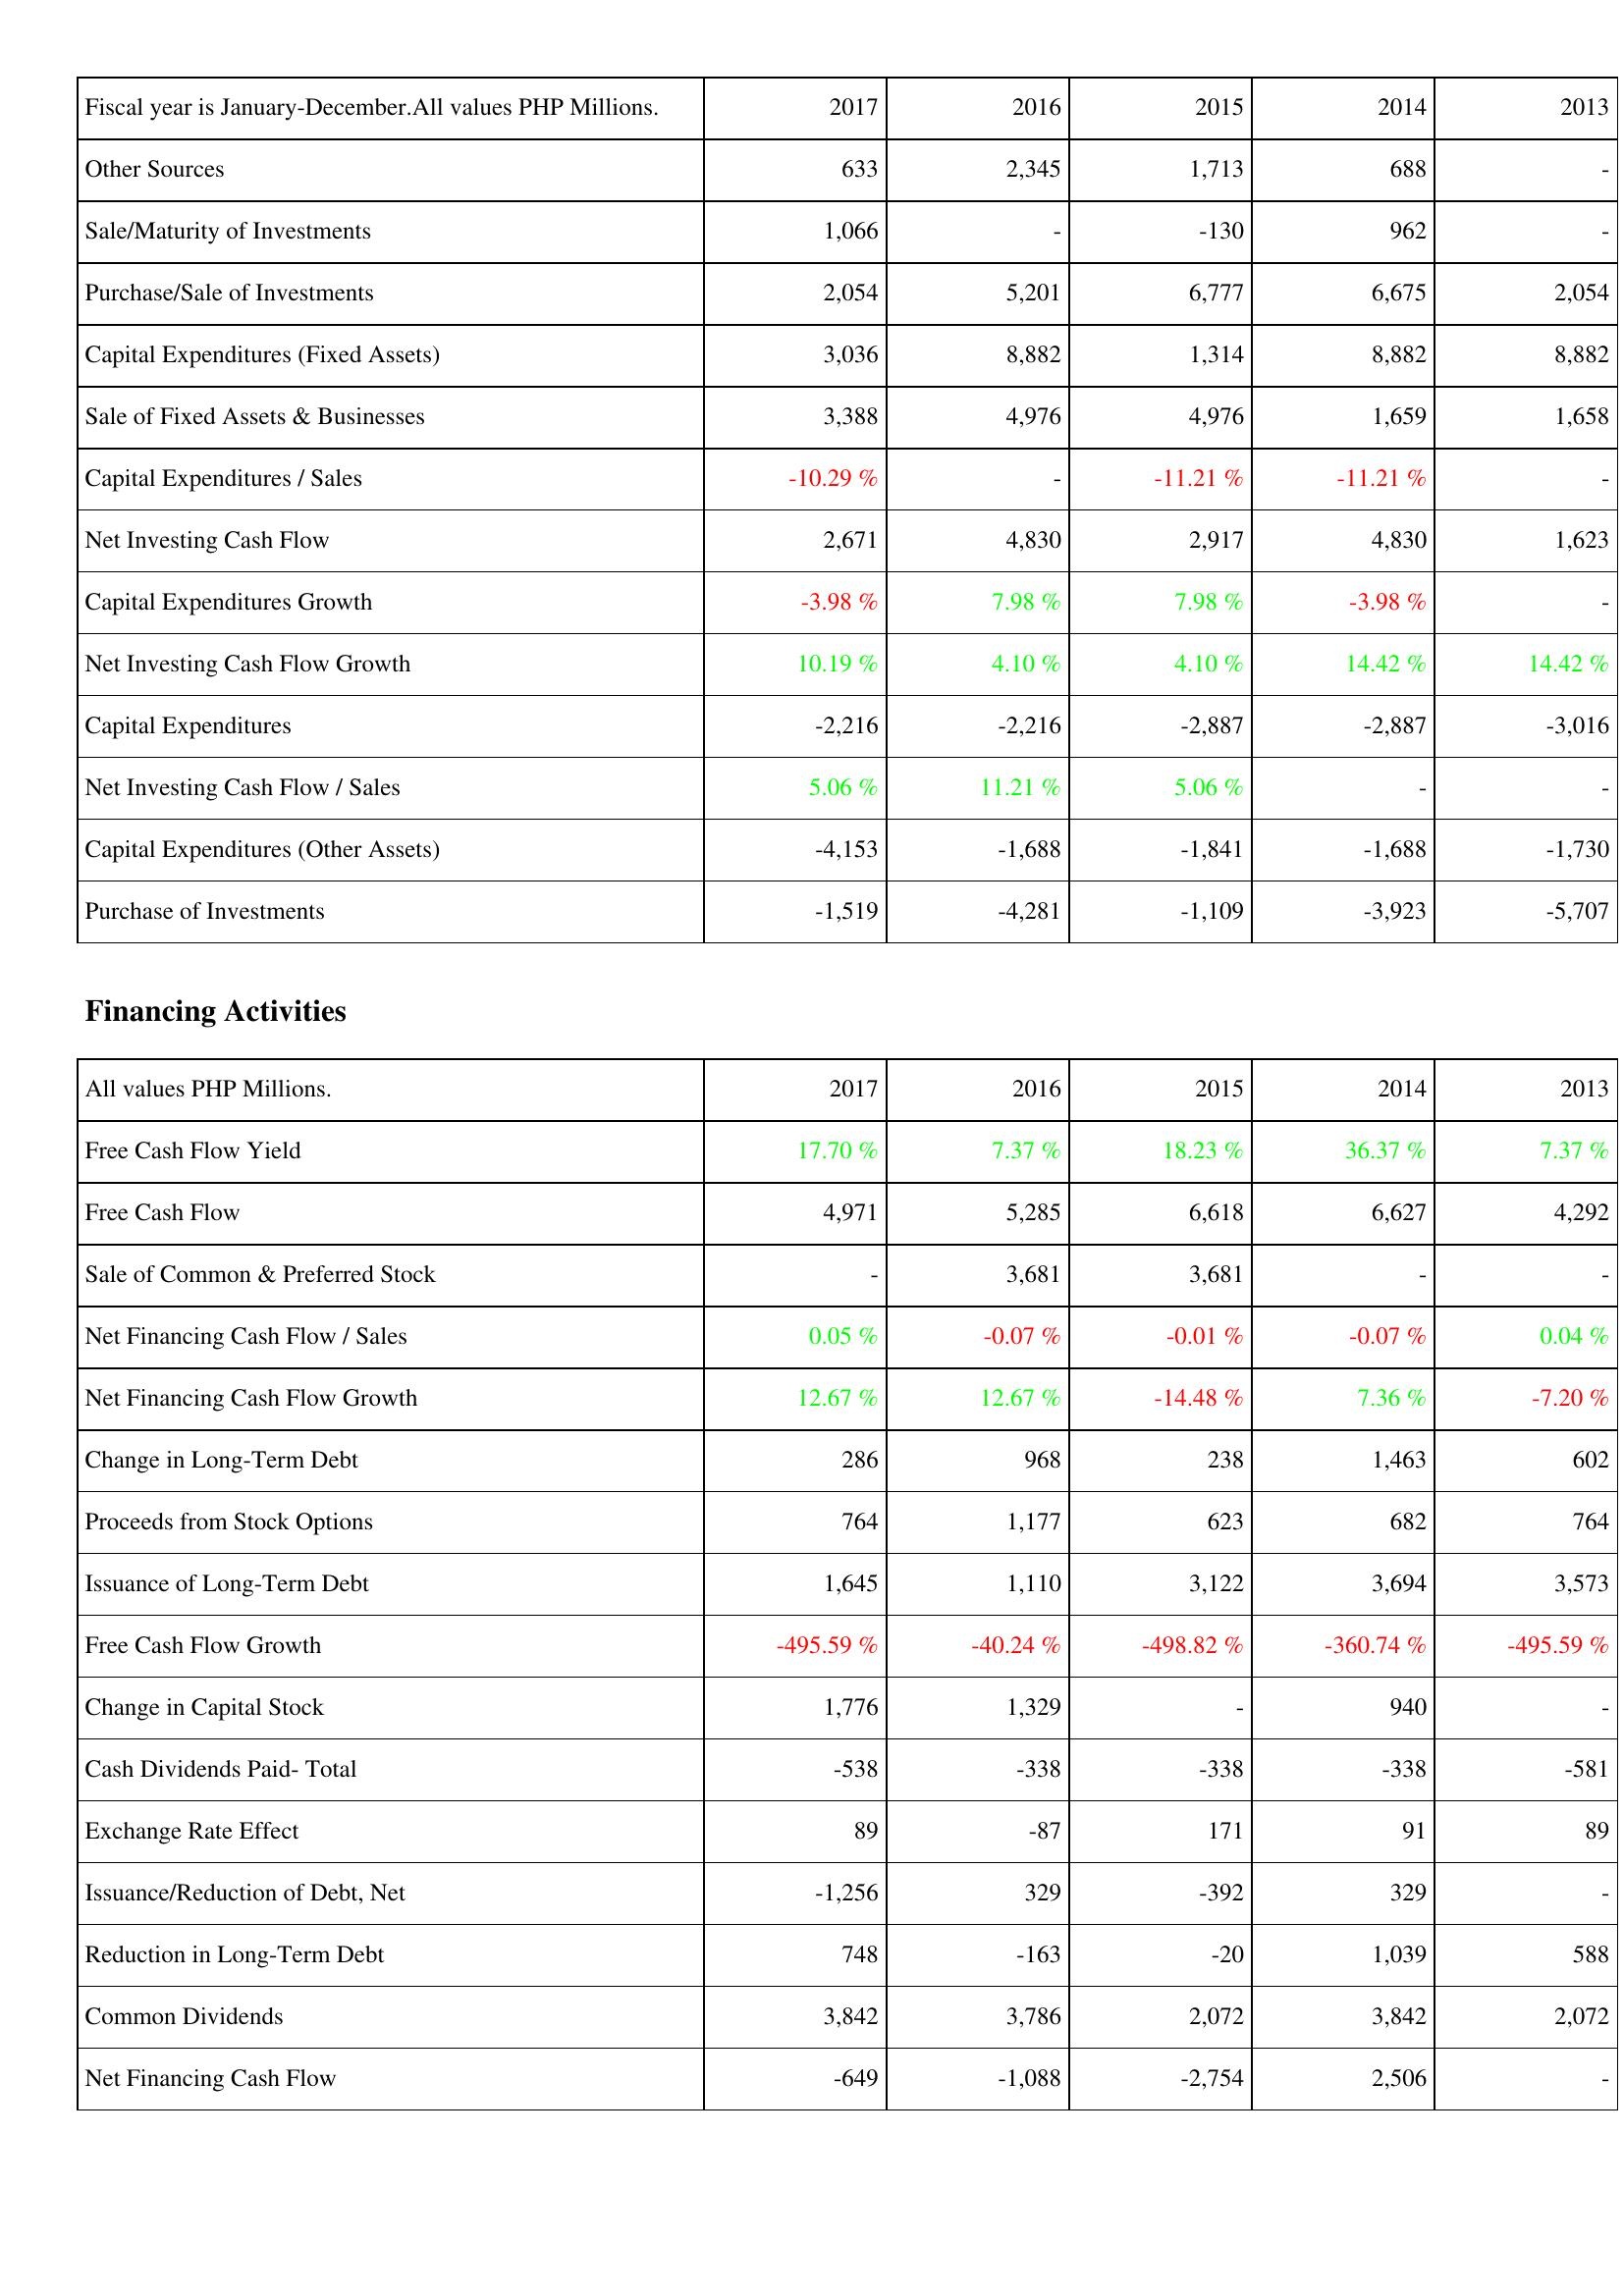
2017: Investing Activities: Other Sources: 633
Sale/Maturity of Investments: 1,066
Purchase/Sale of Investments: 2,054
Capital Expenditures (Fixed Assets): 3,036
Sale of Fixed Assets & Businesses: 3,388
Capital Expenditures / Sales: -10.29 %
Net Investing Cash Flow: 2,671
Capital Expenditures Growth: -3.98 %
Net Investing Cash Flow Growth: 10.19 %
Capital Expenditures: -2,216
Net Investing Cash Flow / Sales: 5.06 %
Capital Expenditures (Other Assets): -4,153
Purchase of Investments: -1,519
Financing Activities: Free Cash Flow Yield: 17.70 %
Free Cash Flow: 4,971
Sale of Common & Preferred Stock: -
Net Financing Cash Flow / Sales: 0.05 %
Net Financing Cash Flow Growth: 12.67 %
Change in Long-Term Debt: 286
Proceeds from Stock Options: 764
Issuance of Long-Term Debt: 1,645
Free Cash Flow Growth: -495.59 %
Change in Capital Stock: 1,776
Cash Dividends Paid- Total: -538
Exchange Rate Effect: 89
Issuance/Reduction of Debt, Net: -1,256
Reduction in Long-Term Debt: 748
Common Dividends: 3,842
Net Financing Cash Flow: -649
2016: Investing Activities: Other Sources: 2,345
Sale/Maturity of Investments: -
Purchase/Sale of Investments: 5,201
Capital Expenditures (Fixed Assets): 8,882
Sale of Fixed Assets & Businesses: 4,976
Capital Expenditures / Sales: -
Net Investing Cash Flow: 4,830
Capital Expenditures Growth: 7.98 %
Net Investing Cash Flow Growth: 4.10 %
Capital Expenditures: -2,216
Net Investing Cash Flow / Sales: 11.21 %
Capital Expenditures (Other Assets): -1,688
Purchase of Investments: -4,281
Financing Activities: Free Cash Flow Yield: 7.37 %
Free Cash Flow: 5,285
Sale of Common & Preferred Stock: 3,681
Net Financing Cash Flow / Sales: -0.07 %
Net Financing Cash Flow Growth: 12.67 %
Change in Long-Term Debt: 968
Proceeds from Stock Options: 1,177
Issuance of Long-Term Debt: 1,110
Free Cash Flow Growth: -40.24 %
Change in Capital Stock: 1,329
Cash Dividends Paid- Total: -338
Exchange Rate Effect: -87
Issuance/Reduction of Debt, Net: 329
Reduction in Long-Term Debt: -163
Common Dividends: 3,786
Net Financing Cash Flow: -1,088
2015: Investing Activities: Other Sources: 1,713
Sale/Maturity of Investments: -130
Purchase/Sale of Investments: 6,777
Capital Expenditures (Fixed Assets): 1,314
Sale of Fixed Assets & Businesses: 4,976
Capital Expenditures / Sales: -11.21 %
Net Investing Cash Flow: 2,917
Capital Expenditures Growth: 7.98 %
Net Investing Cash Flow Growth: 4.10 %
Capital Expenditures: -2,887
Net Investing Cash Flow / Sales: 5.06 %
Capital Expenditures (Other Assets): -1,841
Purchase of Investments: -1,109
Financing Activities: Free Cash Flow Yield: 18.23 %
Free Cash Flow: 6,618
Sale of Common & Preferred Stock: 3,681
Net Financing Cash Flow / Sales: -0.01 %
Net Financing Cash Flow Growth: -14.48 %
Change in Long-Term Debt: 238
Proceeds from Stock Options: 623
Issuance of Long-Term Debt: 3,122
Free Cash Flow Growth: -498.82 %
Change in Capital Stock: -
Cash Dividends Paid- Total: -338
Exchange Rate Effect: 171
Issuance/Reduction of Debt, Net: -392
Reduction in Long-Term Debt: -20
Common Dividends: 2,072
Net Financing Cash Flow: -2,754
2014: Investing Activities: Other Sources: 688
Sale/Maturity of Investments: 962
Purchase/Sale of Investments: 6,675
Capital Expenditures (Fixed Assets): 8,882
Sale of Fixed Assets & Businesses: 1,659
Capital Expenditures / Sales: -11.21 %
Net Investing Cash Flow: 4,830
Capital Expenditures Growth: -3.98 %
Net Investing Cash Flow Growth: 14.42 %
Capital Expenditures: -2,887
Net Investing Cash Flow / Sales: -
Capital Expenditures (Other Assets): -1,688
Purchase of Investments: -3,923
Financing Activities: Free Cash Flow Yield: 36.37 %
Free Cash Flow: 6,627
Sale of Common & Preferred Stock: -
Net Financing Cash Flow / Sales: -0.07 %
Net Financing Cash Flow Growth: 7.36 %
Change in Long-Term Debt: 1,463
Proceeds from Stock Options: 682
Issuance of Long-Term Debt: 3,694
Free Cash Flow Growth: -360.74 %
Change in Capital Stock: 940
Cash Dividends Paid- Total: -338
Exchange Rate Effect: 91
Issuance/Reduction of Debt, Net: 329
Reduction in Long-Term Debt: 1,039
Common Dividends: 3,842
Net Financing Cash Flow: 2,506
2013: Investing Activities: Other Sources: -
Sale/Maturity of Investments: -
Purchase/Sale of Investments: 2,054
Capital Expenditures (Fixed Assets): 8,882
Sale of Fixed Assets & Businesses: 1,658
Capital Expenditures / Sales: -
Net Investing Cash Flow: 1,623
Capital Expenditures Growth: -
Net Investing Cash Flow Growth: 14.42 %
Capital Expenditures: -3,016
Net Investing Cash Flow / Sales: -
Capital Expenditures (Other Assets): -1,730
Purchase of Investments: -5,707
Financing Activities: Free Cash Flow Yield: 7.37 %
Free Cash Flow: 4,292
Sale of Common & Preferred Stock: -
Net Financing Cash Flow / Sales: 0.04 %
Net Financing Cash Flow Growth: -7.20 %
Change in Long-Term Debt: 602
Proceeds from Stock Options: 764
Issuance of Long-Term Debt: 3,573
Free Cash Flow Growth: -495.59 %
Change in Capital Stock: -
Cash Dividends Paid- Total: -581
Exchange Rate Effect: 89
Issuance/Reduction of Debt, Net: -
Reduction in Long-Term Debt: 588
Common Dividends: 2,072
Net Financing Cash Flow: -